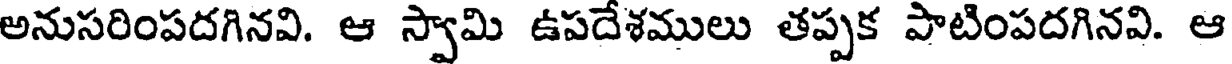
అనుసరింపదగినవి. ఆ స్వామి ఉపదేశములు తప్పక పాటింపదగినవి. ఆ